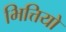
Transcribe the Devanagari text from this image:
भित्तियो